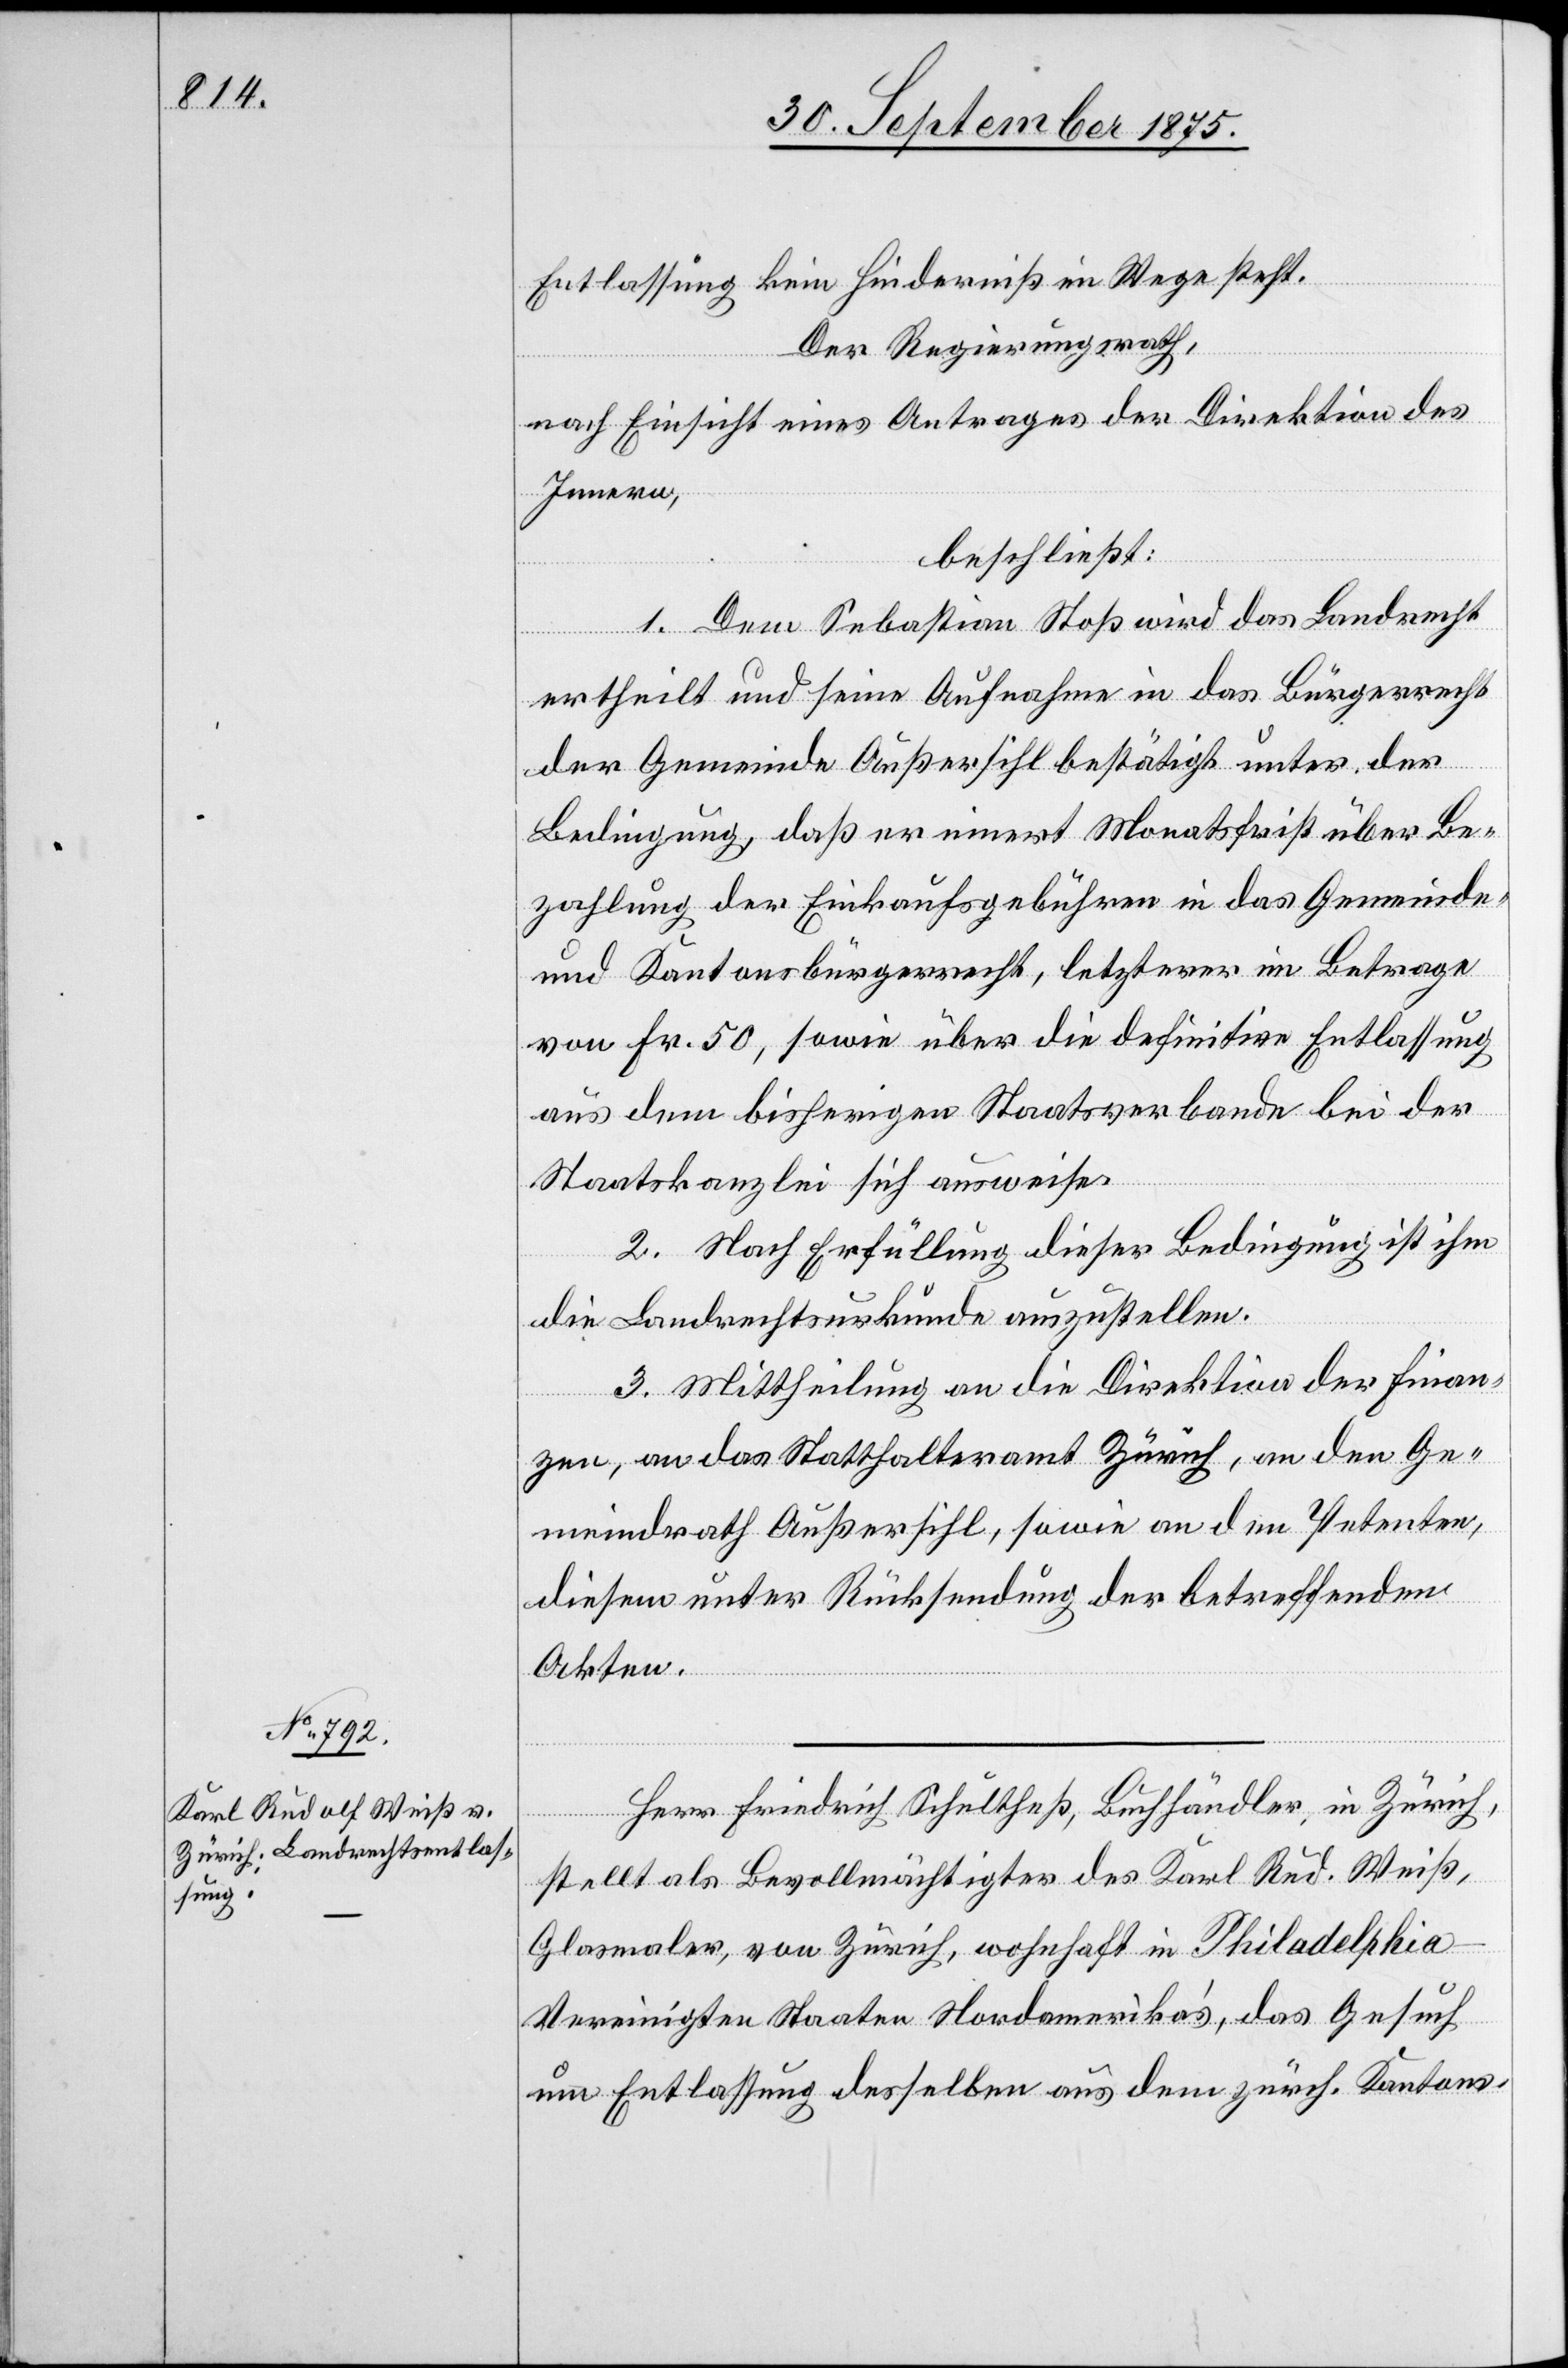
Entlassung kein Hinderniß im Wege steht.
Der Regierungsrath
nach Einsicht eines Antrages der Direktion des
Innern,
beschließt:
1. Dem Sebastian Stoß wird das Landrecht
ertheilt und seine Aufnahme in das Bürgerrecht
der Gemeinde Außersihl bestätigt unter der
Bedingung, daß er innert Monatsfrist über Be¬
zahlung der Einkaufsgebühren in das Gemeinde-
und Kantonsbürgerrecht, letzterer im Betrage
von Fr. 50, sowie über die definitive Entlassung
aus dem bisherigen Staatsverbande bei der
Staatskanzlei sich ausweise.
2. Nach Erfüllung dieser Bedingung ist ihm
die Landrechtsurkunde auszustellen.
3. Mittheilung an die Direktion der Finan¬
zen, an das Statthalteramt Zürich, an den Ge¬
meindrath Außersihl, sowie an den Petenten,
diesem unter Rücksendung der betreffenden
Akten.
Herr Friedrich Schultheß, Buchhändler, in Zürich,
stellt als Bevollmächtigter des Karl Rud. Weiß,
Glasmaler, von Zürich, wohnhaft in Philadelphia
Vereinigten Staaten Nordamerika’s, das Gesuch
um Entlassung desselben aus dem zürch. Kantons-